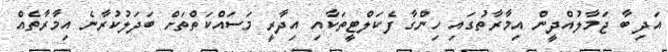
އަދި ބާ ޖަމާލުއްދީން އިމާރާތުގައި ހިންގާ ފެކަލްޓީތަކާއި އިދާރީ މަސައްކަތްތަށް ބަދަލުކުރާނެ އިމާރާތެއް